Civil Veterinary Department. United Provinces 1912-22 - 1912-1922
Year: 1912
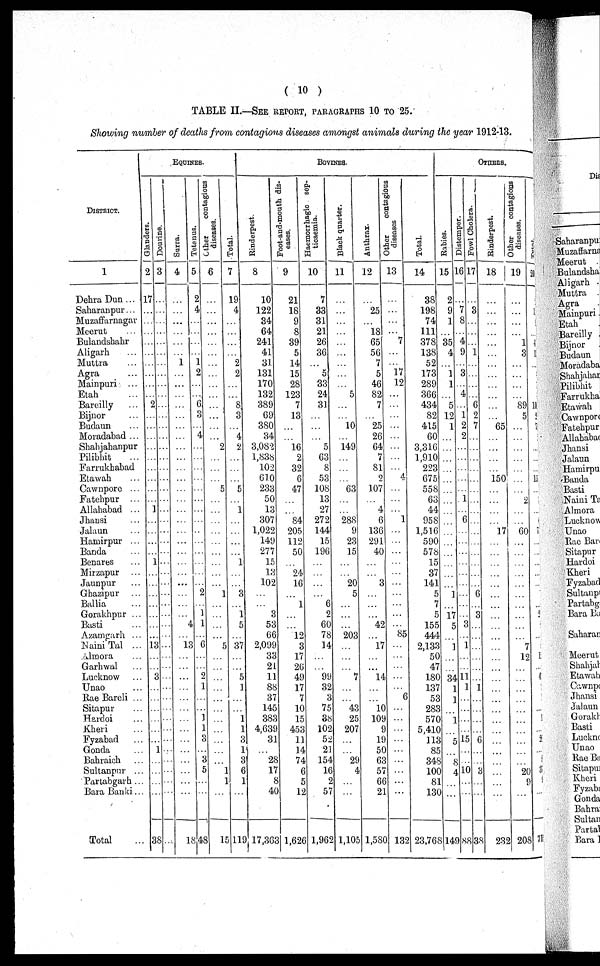
( 10 )
TABLE II.—SEE REPORT, PARAGRAPHS 10 TO 25.
Showing number of deaths from contagions diseases amongst animals during the year 1912-13.
DISTRICT.
1
Dehra Dun ...
Saharanpur...
Muzaffarnagar
Meerut ...
Bulandshahr
Aligarh ...
Muttra ...
Agra ...
Mainpuri ...
Etah ...
Bareilly ...
Bijnor ...
Budaun
Moradabad ...
Shahjahanpur
Pilibhit ...
Fanriukhabad
Etawah ...
Cawnpore ...
Fatehpur ...
Allahabad ...
Jhansi
Jalaun ...
Hamirpur ...
Benda ...
Benares
Mirzapur ...
Jaunpur ...
Ghazipur ...
Ballia ...
Gorakhpur ...
Basti ...
Azamgath ...
Naini Tal ...
Jmora ...
Garbwal ...
Lucknow ...
Unao ...
Sitapur ...
Hardoi ...
Hardoi ...
Kheri ...
Fyzabad ...
Gonda ...
Bahraich ...
Sultanpur ...
Partabgarh ...
Bara Banki ...
Total ...
EQUINES.
Glanders.
2
17
...
...
...
...
...
...
...
...
...
2
...
...
...
...
...
...
...
...
...
1
...
...
...
...
1
...
...
...
...
...
...
...
13
...
...
3
...
...
...
...
...
...
1
...
...
...
...
38
Dounne.
3
...
...
...
...
...
...
...
...
...
...
...
...
...
...
...
...
...
...
...
...
...
...
...
...
...
...
...
...
...
...
...
...
...
...
...
...
...
...
...
...
...
...
...
...
...
...
...
...
Surra.
4
...
...
...
...
...
...
1
...
...
...
...
...
...
...
...
...
...
...
...
...
...
...
...
...
...
...
...
...
...
...
...
...
...
13
...
...
...
...
...
...
...
...
...
...
...
...
...
...
18
Tetanus.
5
2
4
...
...
...
...
1
2
...
...
6
3
...
4
...
...
...
...
...
...
...
...
...
...
...
...
...
...
2
...
...
4
...
6
...
...
2
...
...
...
...
...
...
...
...
...
...
...
48
Other
contagious
diseases.
6
...
...
...
...
...
...
...
...
...
...
...
...
...
...
2
...
...
...
5
...
...
...
...
...
...
...
...
...
1
...
...
...
5
...
...
...
1
...
...
1
1
3
...
3
5
1
...
15
Total.
7
19
4
...
...
...
...
2
2
...
...
8
3
...
4
2
...
...
...
5
...
1
...
...
...
...
1
...
...
3
...
1
5
...
37
...
...
5
1
...
...
1
1
...
1
3
1
1
119
BOVINES.
Rinderpest.
8
10
122
34
64
241
41
31
131
170 132
389
69
380
34
3,082
l,838
102
610
233
50
13
307
1,022
149
277
15
13
102
...
...
3
53
66
2,099
33
21
11
88
37
145
383
4,639
19
...
3
6
1
40
17,363
Foot-and-mouth dis-
eases.
9
21
18
9
8
39
5
14
15
28
123
7
13
...
...
16
2
32
6
47
...
...
84
205
112
50
...
24
16
...
1
...
...
12
3
17
26
49
17 7
10
15
453
11
14
74
6
8
40
1,626
Haemorrhagio sep-
ticaemia.
10
7
33
31
21
26
36
...
5
33
24
31
...
...
...
5
63
8
53
108
13
27
272
144
15
196
...
...
...
...
6
2
60
78
14
...
...
99
32
3
75
38
102
52
14
74
6
5
12
1,626
Black quarter.
11
...
...
...
...
...
...
...
...
...
5
...
...
10
...
149
...
...
...
63
...
...
288
9
23
15
...
...
20
5
...
...
...
203
...
...
...
7
...
...
43
25
207
...
...
154
4
2
...
1,962
Anthrax.
12
...
25
...
18
65
56
7
5
46
82
7
...
25
26
64
7
81
2
107
...
4
6
130
291
40
...
...
3
...
...
...
42
...
17
...
...
14
...
...
10
109
9
19
50
29
57
66
21
1,580
Other
contagious
diseases
13
...
...
...
...
7
...
...
17
12
...
...
...
...
...
...
...
...
4
...
...
...
1
...
...
...
...
...
...
...
...
...
...
85
...
...
...
...
...
6
...
...
...
...
...
...
...
...
...
132
Total.
14
38
198
74
111
378
138
52
173
289
366
434
82
415
60
3,316
1,910
223
675
558
63
44
958
1,510
590
578
15
37
141
5
7
5
155
444
2,133
50
47
180
137
53
283
570
5,410
113
85
348
100
81
130
23,768
OTHERS.
Rabies.
15
2
9
1
...
35
4
...
1
1
...
5
12
1
...
...
...
...
...
...
...
...
...
...
...
...
...
...
...
1
...
17
5
...
1
...
...
34
1
1
...
1
...
5
...
8
4
...
...
149
Distemper.
16
...
7
8
...
4
9
...
3
...
4
...
1
2
2
...
...
...
...
...
1
...
6
...
...
...
...
...
...
...
...
...
3
...
1
...
...
11
1
...
...
...
...
15
...
...
10
...
...
88
Fowl Cholera.
17
...
3
...
...
...
1
...
...
...
...
6
2
7
...
...
...
...
...
...
...
...
...
...
...
...
...
...
...
6
...
3
...
...
...
...
...
...
1
...
...
...
...
6
...
...
3
...
...
38
Rinderpost.
18
...
...
...
...
...
...
...
...
...
...
...
...
65
...
...
...
...
150
...
...
...
...
17
...
...
...
...
...
...
...
...
...
...
...
...
...
...
...
...
...
...
...
...
...
...
...
...
...
232
Other
contagious
diseases.
19
...
...
...
...
1
3
...
...
...
...
89
5
...
...
...
...
...
...
...
2
...
...
60
...
...
...
...
...
...
...
...
...
...
7
12
...
...
...
...
...
...
...
...
...
...
20
9
...
208
Total
20
1
5
...
4
1
...
10
2
7
...
...
...
15
...
...
7
...
...
...
...
...
...
2
...
1
...
4
...
...
2
...
3
9
...
71